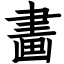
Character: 畵